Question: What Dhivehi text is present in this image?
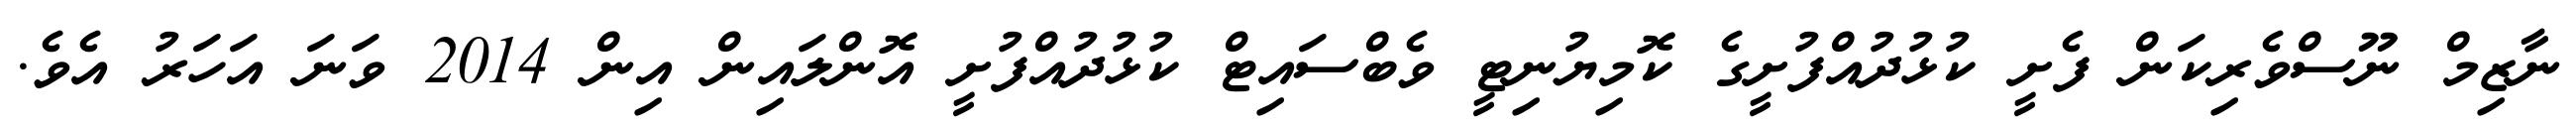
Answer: ނާޒިމް ނޫސްވެރިކަން ފެށީ ކުޅުދުއްފުށީގެ ކޮމިޔުނިޓީ ވެބްސައިޓް ކުޅުދުއްފުށީ އޮންލައިން އިން 2014 ވަނަ އަހަރު އެވެ.